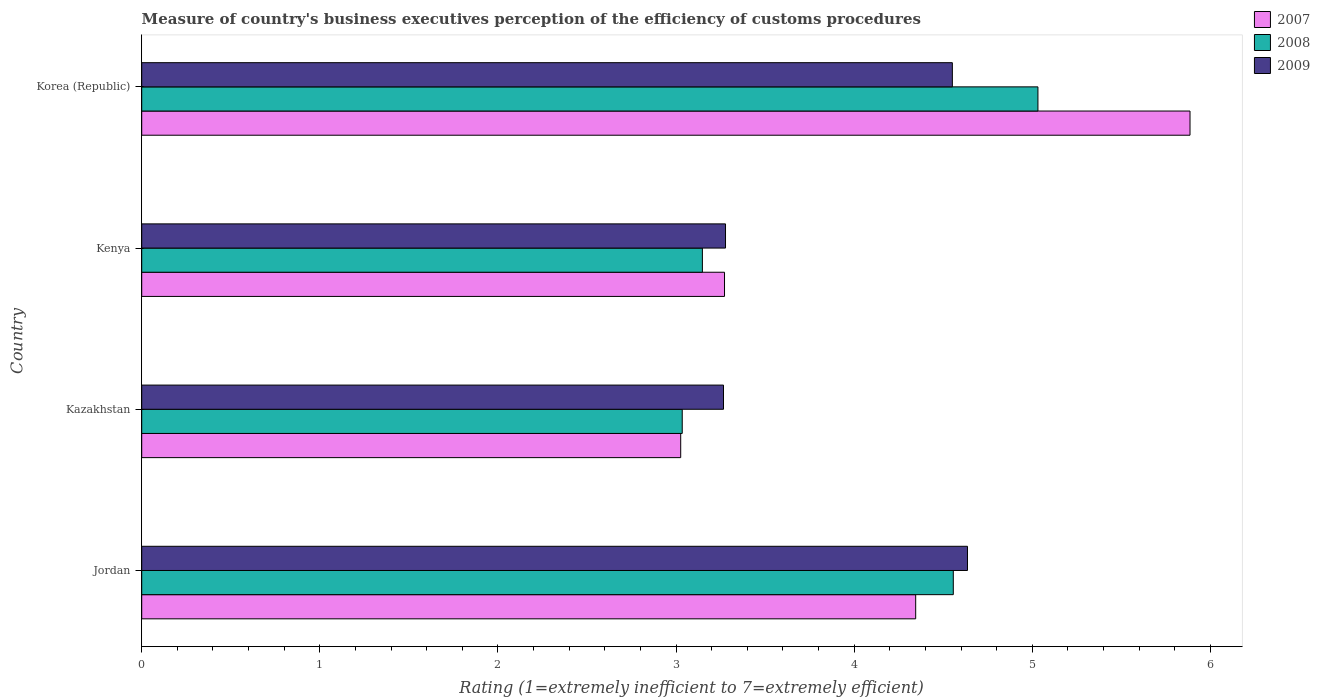
| Country | 2007 | 2008 | 2009 |
 | --- | --- | --- | --- |
 | Jordan | 4.35 | 4.56 | 4.64 |
 | Kazakhstan | 3.03 | 3.03 | 3.27 |
 | Kenya | 3.27 | 3.15 | 3.28 |
 | Korea (Republic) | 5.89 | 5.03 | 4.55 |